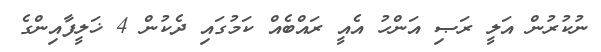
ނުކުރުން އަލީ ރަޞި އަންހު އެއީ ރައްބެއް ކަމުގައި ދެކުން 4 ޚަލީފާއިންގެ